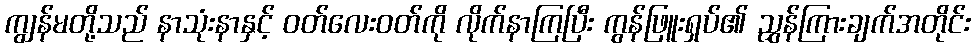
ကျွန်မတို့သည် နာသုံးနာနှင့် ဝတ်လေးဝတ်ကို လိုက်နာကြပြီး ကွန်ဖြူးရှပ်၏ ညွှန်ကြားချက်အတိုင်း